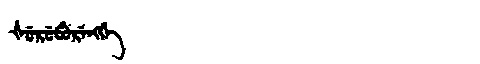
Manchu: ᡧᡠᡵᡠᠪᡠᡵᡝᠩᡤᡝ
Romanization: ŠURUBURENGGE